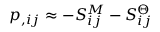
p _ { , i j } \approx - S _ { i j } ^ { M } - S _ { i j } ^ { \Theta }